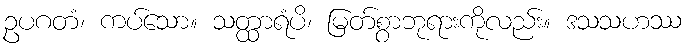
ဥပဂတံ၊ ကပ်သော။ သတ္ထာရံပိ၊ မြတ်စွာဘုရားကိုလည်း။ ဒသသဟဿ